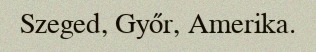
Szeged, Győr, Amerika.